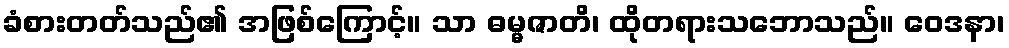
ခံစားတတ်သည်၏ အဖြစ်ကြောင့်။ သာ ဓမ္မဇာတိ၊ ထိုတရားသဘောသည်။ ဝေဒနာ၊